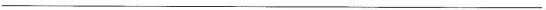
___